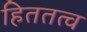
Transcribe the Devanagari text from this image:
हिततत्व